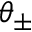
\theta _ { \pm }